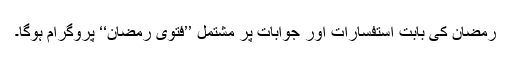
رمضان کی بابت استفسارات اور جوابات پر مشتمل ’’فتویٰ رمضان‘‘ پروگرام ہوگا۔